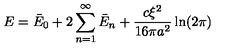
E = \bar { E } _ { 0 } + 2 \sum _ { n = 1 } ^ { \infty } \bar { E } _ { n } + \frac { c \xi ^ { 2 } } { 1 6 \pi a ^ { 2 } } \ln ( 2 \pi )